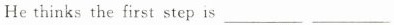
He thinks the first step is ___ ___